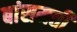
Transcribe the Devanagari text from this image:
बांसमती